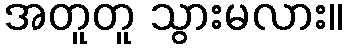
အတူတူ သွားမလား။